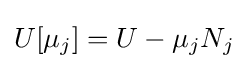
U[\mu _{j}]=U-\mu _{j}N_{j}